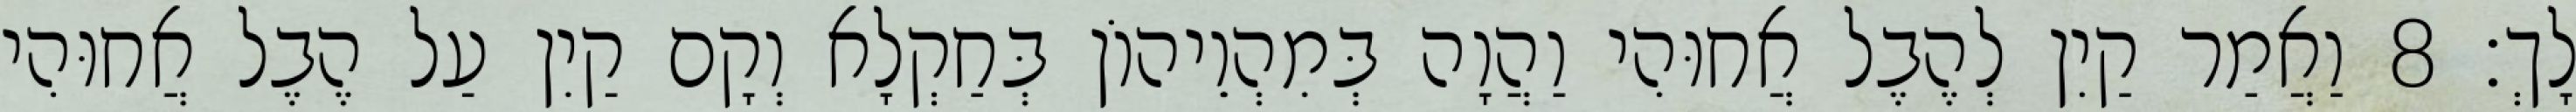
לָךְ׃ 8 וַאֲמַר קַיִן לְהֶבֶל אֲחוּהִי וַהֲוָה בְּמִהְוֵיהוֹן בְּחַקְלָא וְקָם קַיִן עַל הֶבֶל אֲחוּהִי